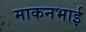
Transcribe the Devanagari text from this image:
माकनभाई